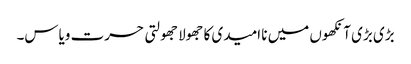
بڑی بڑی آنکھوں میں نا امیدی کا جھولا جھولتی حسرت ویاس۔